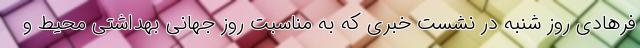
فرهادی روز شنبه در نشست خبری که به مناسبت روز جهانی بهداشتی محیط و